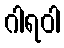
ဂါရဝါ